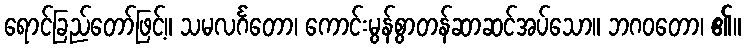
ရောင်ခြည်တော်ဖြင့်။ သမလင်္ဂတော၊ ကောင်းမွန်စွာတန်ဆာဆင်အပ်သော။ ဘဂဝတော၊ ၏။